Training of Teachers. Pupil Teachers, 1906
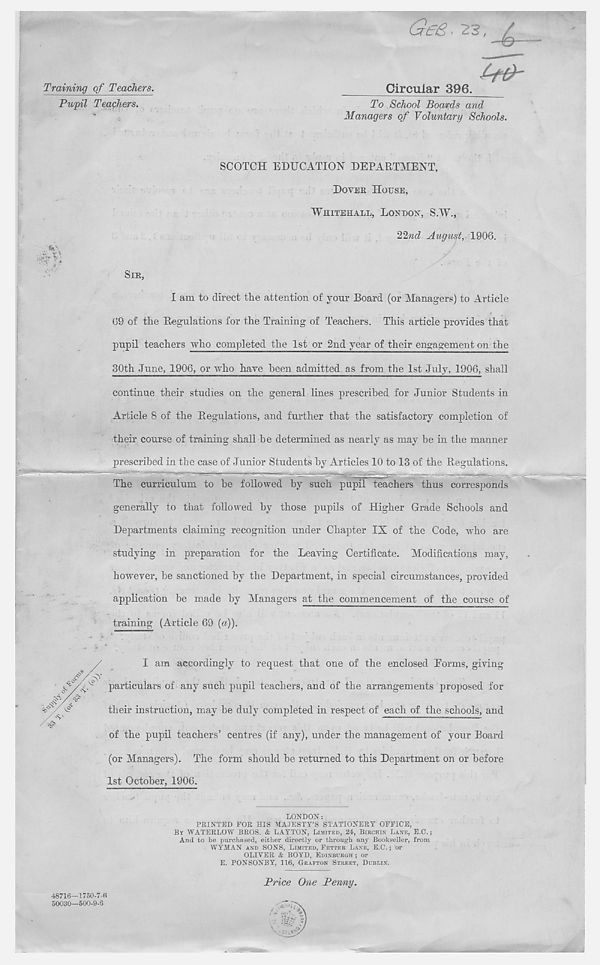
Training of Teachers.
Pupil Teachers.
Gr£&, 23, /
Circular 396.
To School Boards and
Managers of Voluntary Schools.
3\
,q r
' . s..'
SCOTCH EDUCATION DEPARTMENT,
DOVER HORSE,
WHITEHALL, LONDON, SW.,
2^nd August, 1906.
SIR,
I am to direct the attention of your Board (or Managers) to Article
69 of the Regulations for the Training of Teachers. This article provides that
pupil teachers who completed the 1st or 2nd year of their engagement on the
80th June, 1906, or who have been admitted as from the 1st July, 1906, shall
continue their studies on the general lines prescribed for Junior Students in
Article 8 of the Regulations, and further that the satisfactory completion of
their course of training shall he determined as nearly as may be in the manner
prescribed in the case of Junior Students by Articles 10 to 13 of the Regulations.
The curriculum to he followed by such pupil teachers thus corresponds
generally to that followed by those pupils of Higher Grade Schools and
Departments claiming recognition under Chapter IX of the Code, who are
studying in preparation for the Leaving Certificate. Modifications may,
however, be sanctioned by the Department, in special circumstances, provided
application be made by Managers at the commencement of the course of
training (Article 69 (a)).
I am accordingly to request that one of the enclosed Eorms, giving
particulars of any such pupil teachers, and of the arrangements proposed for
their instruction, may he duly completed in respect of each of the schools, and
of the pupil teachers’ centres (if any), under the management of your Board
(or Managers). The form should he returned to this Department on or before
1st October, 1906.
LONDON:
PRINTED FOR HIS MAJESTY’S STATIONERY OFFICE,
BY WATERLOW BROS. & LAYTON, LIMITED, 24, BIRCHIN LANE, E.C.;
And to be purchased, either directly or through any Bookseller, from
WYMAN AND SONS, LIMITED, FETTER LANE, E.C.; or
OLIVER & BOYD, EDINBURGH ; or
E. PONSONBY, 116, GRAFTON STREET, DUBLIN.
Price One Penny.
48716—1750-7-6
50030-500-9-8